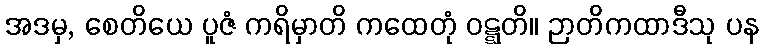
အဒမှ, စေတိယေ ပူဇံ ကရိမှာတိ ကထေတုံ ဝဋ္ဋတိ။ ဉာတိကထာဒီသု ပန